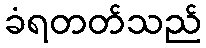
ခံရတတ်သည်